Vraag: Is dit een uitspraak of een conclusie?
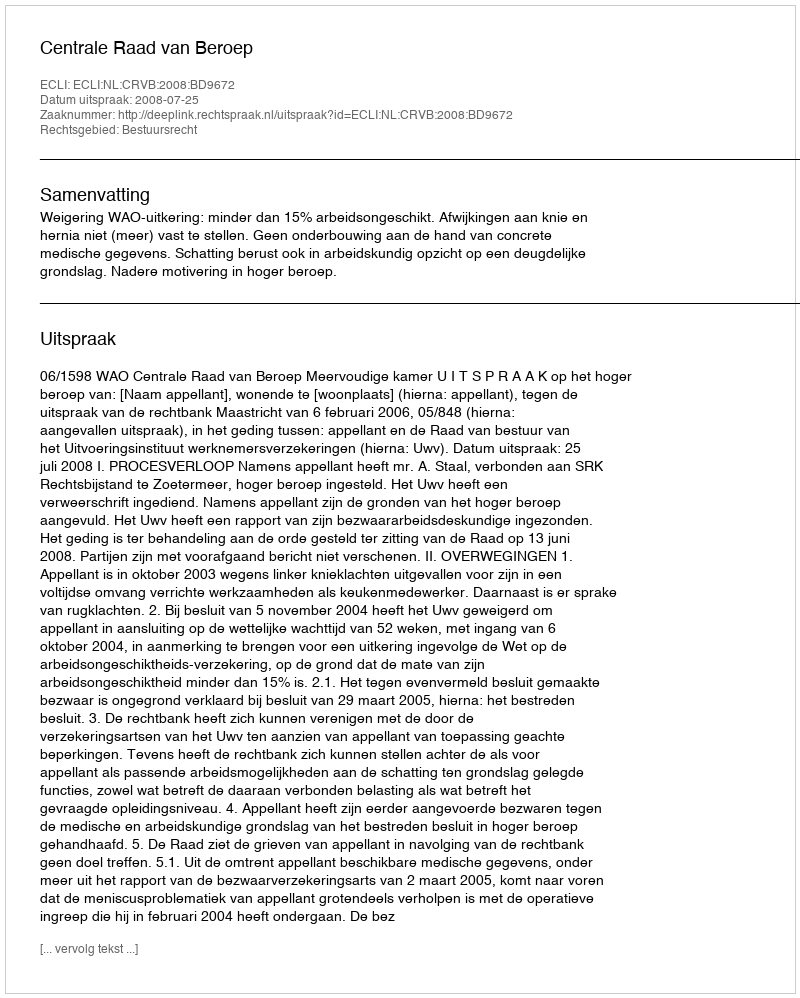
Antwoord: Uitspraak